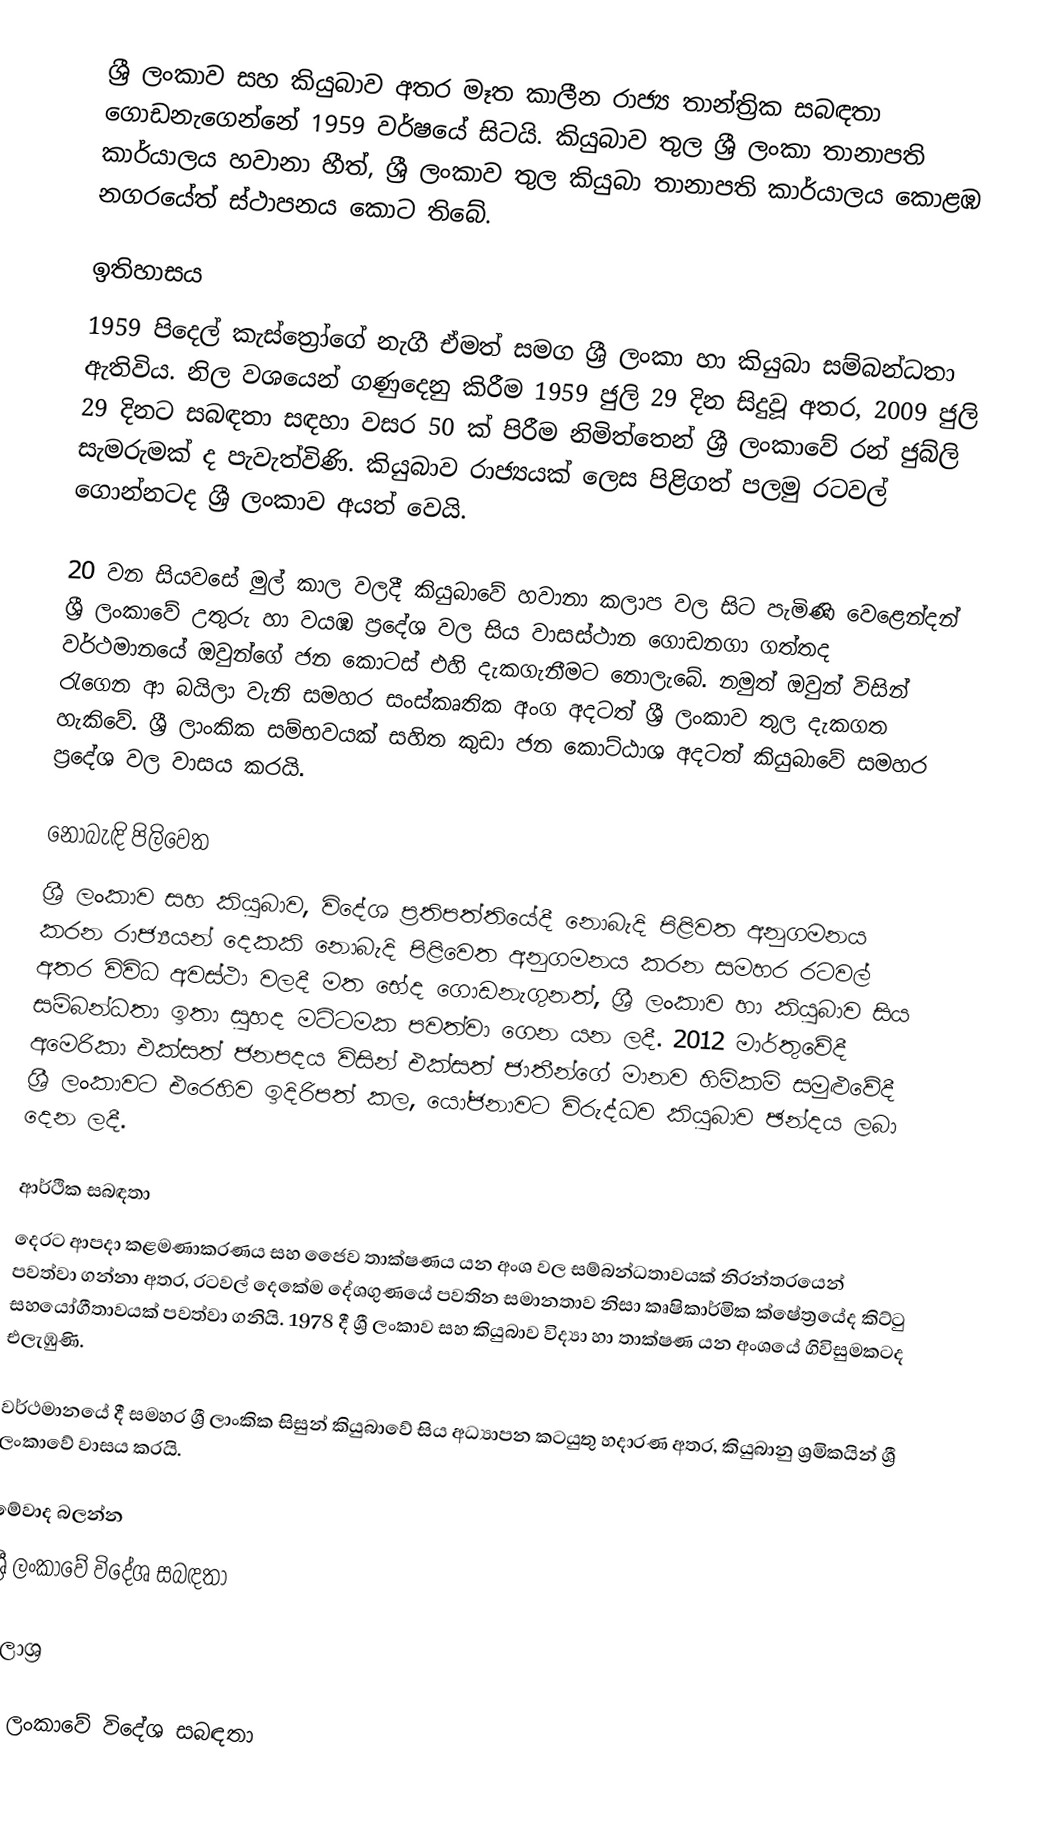
ශ්‍රී ලංකාව සහ කියුබාව අතර මෑත කාලීන රාජ්‍ය තාන්ත්‍රික සබඳතා ගොඩනැගෙන්නේ 1959 වර්ෂයේ සිටයි. කියුබාව තුල ශ්‍රී ලංකා තානාපති කාර්යාලය හවානා හීත්, ශ්‍රී ලංකාව තුල කියුබා තානාපති කාර්යාලය කොළඹ නගරයේත් ස්ථාපනය කොට තිබේ.

ඉතිහාසය
1959 පිදෙල් කැස්ත්‍රෝගේ නැගී ඒමත් සමග ශ්‍රී ලංකා හා කියුබා සම්බන්ධතා ඇතිවිය. නිල වශයෙන් ගණුදෙනු කිරීම 1959 ජුලි 29 දින සිදුවූ අතර, 2009 ජුලි 29 දිනට සබඳතා සඳහා වසර 50 ක් පිරීම නිමිත්තෙන් ශ්‍රී ලංකාවේ රන් ජුබ්ලි සැමරුමක් ද පැවැත්විණි. කියුබාව රාජ්‍යයක් ලෙස පිළිගත් පලමු රටවල් ගොන්නටද ශ්‍රී ලංකාව අයත් වෙයි.

20 වන සියවසේ මුල් කාල වලදී කියුබාවේ හවානා කලාප වල සිට පැමිණි වෙළෙන්දන් ශ්‍රී ලංකාවේ උතුරු හා වයඹ ප්‍රදේශ වල සිය වාසස්ථාන ගොඩනගා ගත්තද වර්ථමානයේ ඔවුන්ගේ ජන කොටස් එහි දැකගැනීමට නොලැබේ. නමුත් ඔවුන් විසින් රැගෙන ආ බයිලා වැනි සමහර සංස්කෘතික අංග අදටත් ශ්‍රී ලංකාව තුල දැකගත හැකිවේ. ශ්‍රී ලාංකික සම්භවයක් සහිත කුඩා ජන කොට්ඨාශ අදටත් කියුබාවේ සමහර ප්‍රදේශ වල වාසය කරයි.

නොබැඳි පිලිවෙත
ශ්‍රී ලංකාව සහ කියුබාව, විදේශ ප්‍රතිපත්තියේදී නොබැදි පිළිවත අනුගමනය කරන රාජ්‍යයන් දෙකකි නොබැදි පිළිවෙත අනුගමනය කරන සමහර රටවල් අතර විවිධ අවස්ථා වලදී මත භේද ගොඩනැගුනත්, ශ්‍රී ලංකාව හා කියුබාව සිය සම්බන්ධතා ඉතා සුහද මට්ටමක පවත්වා ගෙන යන ලදී. 2012 මාර්තුවේදී අමෙරිකා එක්සත් ජනපදය විසින් එක්සත් ජාතීන්ගේ මානව හිමිකම් සමුළුවේදී ශ්‍රී ලංකාවට එරෙහිව ඉදිරිපත් කල,  යෝජනාවට විරුද්ධව කියුබාව ඡන්දය ලබා දෙන ලදී.

ආර්ථික සබඳතා
දෙරට ආපදා කළමණාකරණය සහ ජෛව තාක්ෂණය යන අංශ වල සම්බන්ධතාවයක් නිරන්තරයෙන් පවත්වා ගන්නා අතර, රටවල් දෙකේම දේශගුණයේ පවතින සමානතාව නිසා කෘෂිකාර්මික ක්ෂේත්‍රයේද කිට්ටු සහයෝගීතාවයක් පවත්වා ගනියි. 1978 දී ශ්‍රී ලංකාව සහ කියුබාව විද්‍යා හා තාක්ෂණ යන අංශයේ ගිවිසුමකටද එලැඹුණි.

වර්ථමානයේ දී සමහර ශ්‍රී ලාංකික සිසුන් කියුබාවේ සිය අධ්‍යාපන කටයුතු හදාරණ අතර, කියුබානු ශ්‍රමිකයින් ශ්‍රී ලංකාවේ වාසය කරයි.

මේවාද බලන්න
ශ්‍රී ලංකාවේ විදේශ සබඳතා

මූලාශ්‍ර

ශ්‍රී ලංකාවේ විදේශ සබඳතා